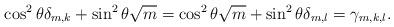
LaTeX: \begin{align*}\cos^2 \theta \delta_{m,k} + \sin^2 \theta \sqrt{m}= \cos^2 \theta \sqrt{m} + \sin^2 \theta \delta_{m,l}= \gamma_{m,k,l}.\end{align*}